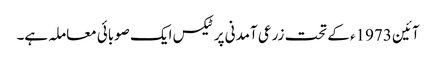
آئین 1973ء کے تحت زرعی آمدنی پر ٹیکس ایک صوبائی معاملہ ہے۔